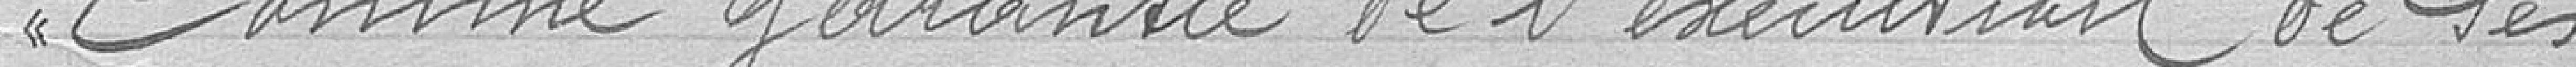
Comme garantie de l'exécution de ses